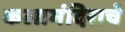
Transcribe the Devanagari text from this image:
कलामंदिराचे